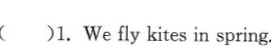
( )1. We fly kites in spring.